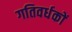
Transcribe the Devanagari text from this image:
गतिवर्धकों